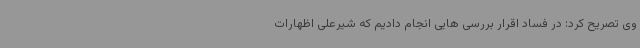
وی تصریح کرد: در فساد اقرار بررسی هایی انجام دادیم که شیرعلی اظهارات